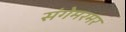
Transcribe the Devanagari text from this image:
संगेमरमर